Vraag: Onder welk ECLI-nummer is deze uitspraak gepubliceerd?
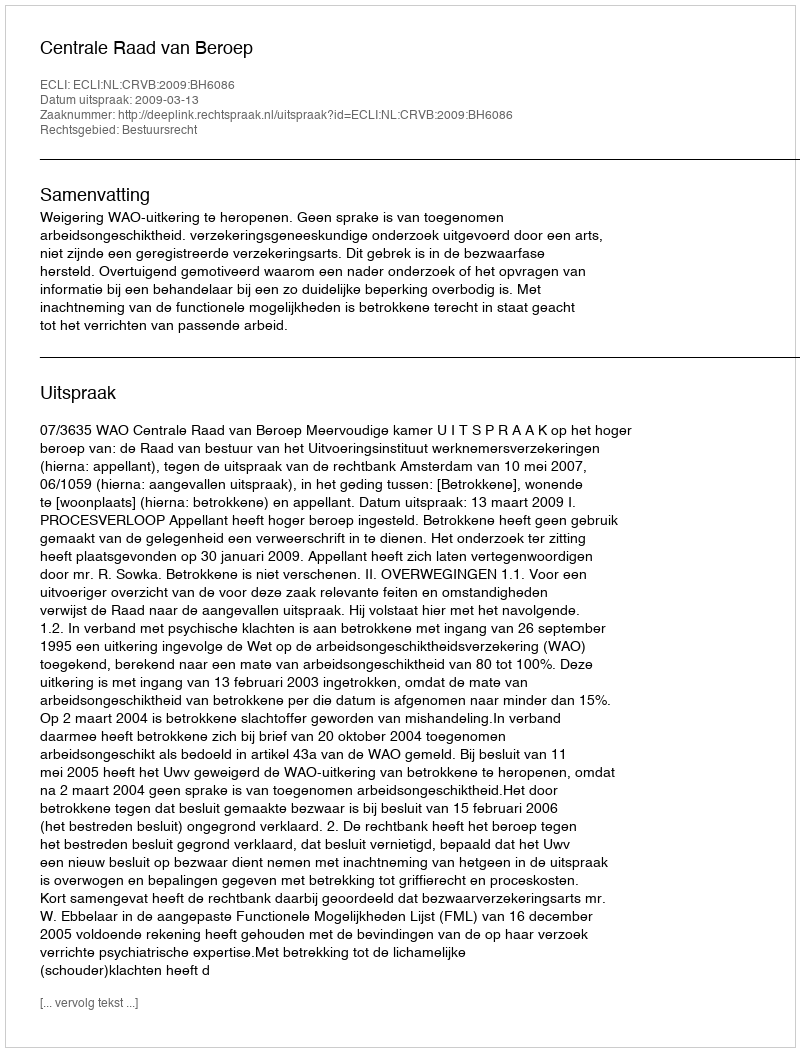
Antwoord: ECLI:NL:CRVB:2009:BH6086